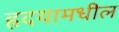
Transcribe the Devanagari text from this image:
हृदयामधील